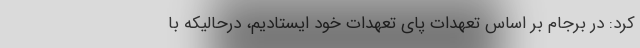
کرد: در برجام بر اساس تعهدات پای تعهدات خود ایستادیم، درحالیکه با